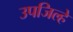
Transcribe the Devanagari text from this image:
उपजिल्हे